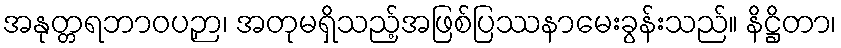
အနုတ္တရဘာဝပဉှာ၊ အတုမရှိသည့်အဖြစ်ပြဿနာမေးခွန်းသည်။ နိဋ္ဌိတာ၊